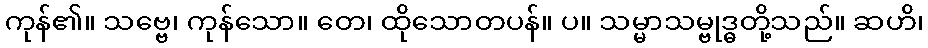
ကုန်၏။ သဗ္ဗေ၊ ကုန်သော။ တေ၊ ထိုသောတပန်။ ပ။ သမ္မာသမ္ဗုဒ္ဓတို့သည်။ ဆဟိ၊